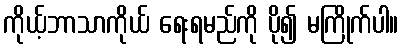
ကိုယ့်ဘာသာကိုယ် ရေးရမည်ကို ပို၍ မကြိုက်ပါ။